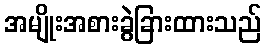
အမျိုးအစားခွဲခြားထားသည်